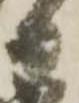
日